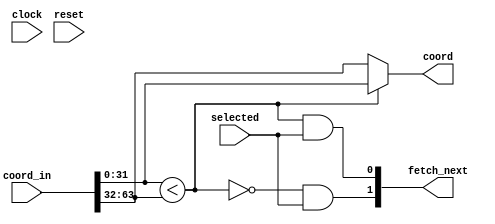
module binary_merger 
              #(parameter MERGER_COORD_BITS = 32)
              (
              input wire clock,
              input wire reset,
              input wire [(2*MERGER_COORD_BITS-1):0] coord_in,
              output wire [(MERGER_COORD_BITS-1):0] coord,
              input wire selected,
              output wire [1:0] fetch_next
);
    
    wire comparison;
    wire [(MERGER_COORD_BITS-1):0] coord_0;
    wire [(MERGER_COORD_BITS-1):0] coord_1;

    // Breakout separate coordinates from input net
    assign coord_0 = coord_in[(MERGER_COORD_BITS-1):0];
    assign coord_1 = coord_in[(2*MERGER_COORD_BITS-1):MERGER_COORD_BITS];
    assign fetch_next = {fetch_next_from_1,fetch_next_from_0};

    // Merge
    assign comparison = (coord_0 < coord_1);
    assign coord = comparison ? coord_0 : coord_1;
    assign fetch_next_from_0 = comparison & selected;
    assign fetch_next_from_1 = (~comparison) & selected;

endmodule